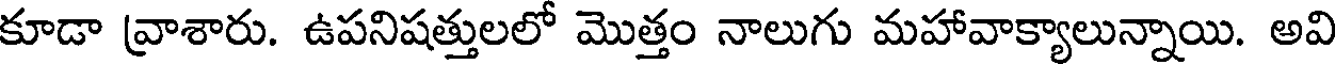
కూడా వ్రాశారు. ఉపనిషత్తులలో మొత్తం నాలుగు మహావాక్యాలున్నాయి. అవి